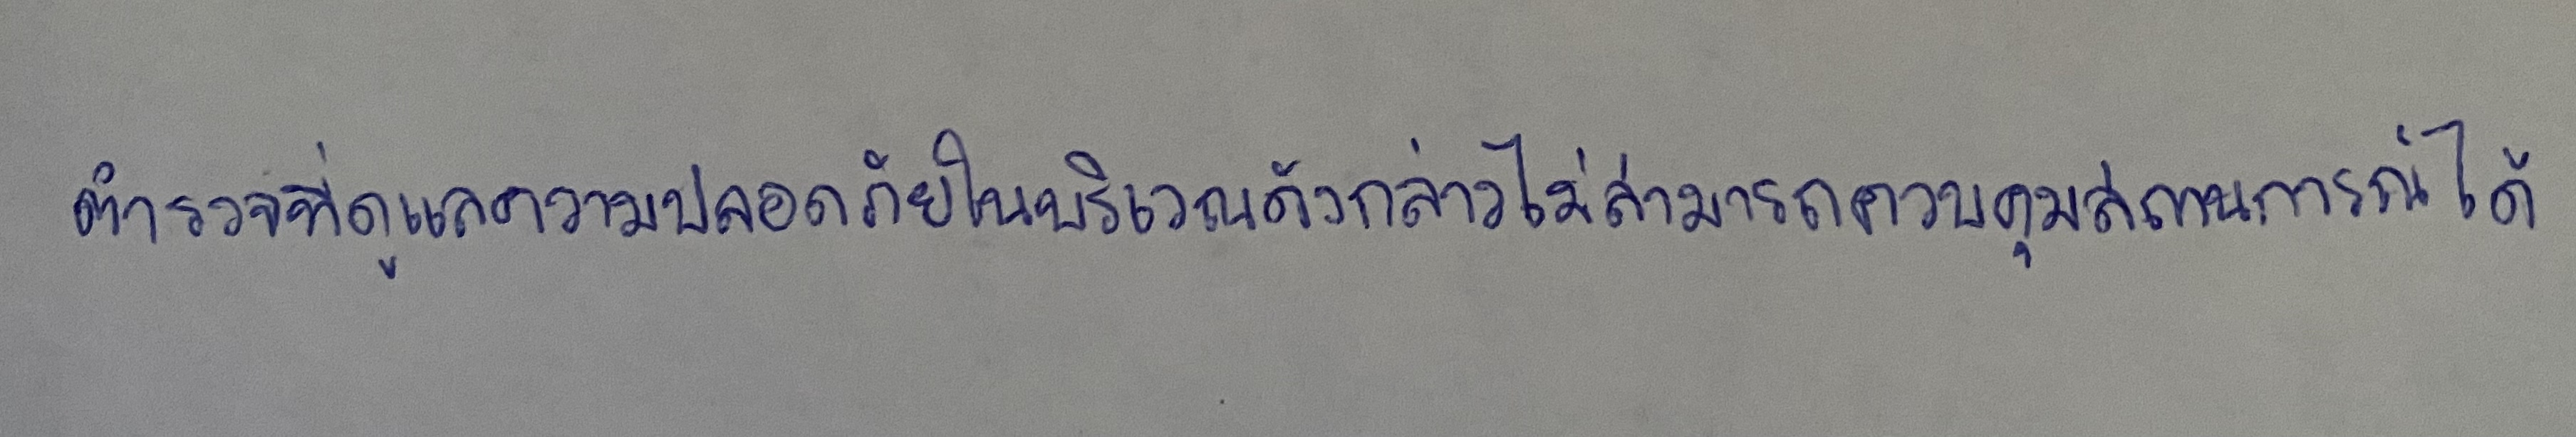
ตำรวจที่ดูแลความปลอดภัยในบริเวณดังกล่าวไม่สามารถควบคุมสถานการณ์ได้